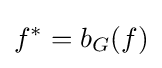
f^{*}=b_{G}(f)